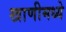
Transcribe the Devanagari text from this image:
खाणीमध्ये